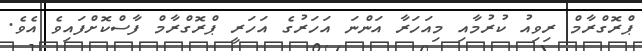
ޕްރޮގްރާމް ރިވިއު ކުރުމާއި މިއަހަރާ އަންނަ އަހަރުގެ އަހަރީ ޕްރޮގްރާމް ފާސްކޮށްފައިވެ އެވެ.